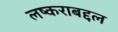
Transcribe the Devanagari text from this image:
लष्कराबद्दल